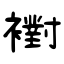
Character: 襨